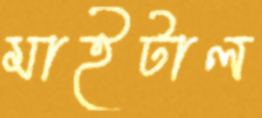
মাইটাল